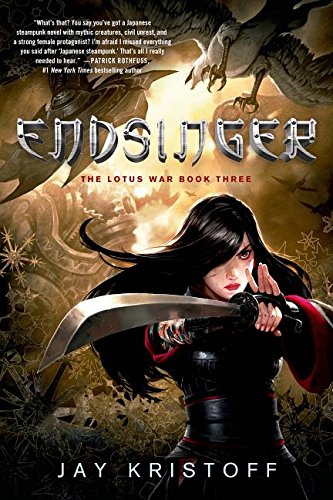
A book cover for Endsinger: The Lotus War Book Three; Jay Kristoff; Science Fiction & Fantasy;